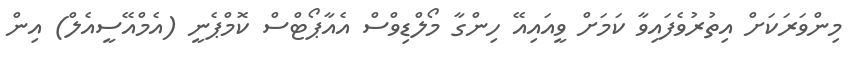
މިންވަރަކަށް އިތުރުވެފައިވާ ކަމަށް ވީއައިއޭ ހިންގާ މޯލްޑިވްސް އެއާޕޯޓްސް ކޮމްޕެނީ (އެމްއޭސީއެލް) އިން